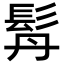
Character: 𩬅